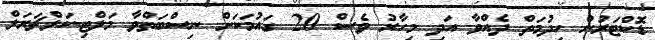
ޑޮކްޓަރުން ހިދުމަތް ދެއްވާ އަދި މިހާރު ވެސް 20 ގައުމަކަށް ނިސްބަތްވާ މަލްޓި-ކަލްޗަރަލް